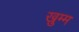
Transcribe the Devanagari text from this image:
ख़ुम्म